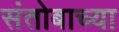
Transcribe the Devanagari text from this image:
संतोबाच्या